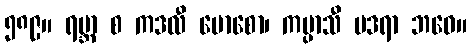
၅၈၉။ ရမ္ဘာ စ ကဒလီ မောစော၊ ကပ္ပာသီ ဗဒရာ ဘဝေ။